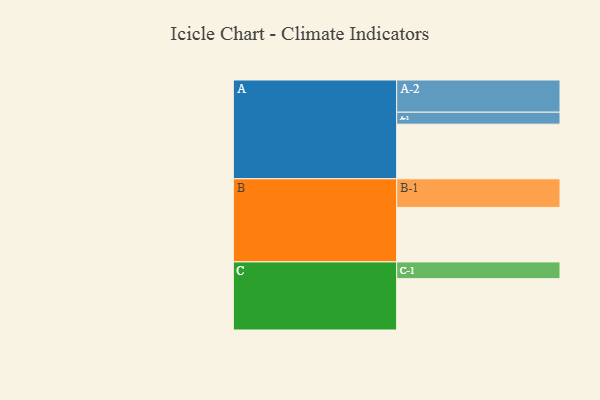
{"axis": {"x": "Segment", "y": "Value"}, "legend": ["", "A", "B", "C"], "data": [{"x": "A", "y": 502, "type": ""}, {"x": "B", "y": 501, "type": ""}, {"x": "C", "y": 472, "type": ""}, {"x": "A-1", "y": 110, "type": "A"}, {"x": "A-2", "y": 296, "type": "A"}, {"x": "B-1", "y": 263, "type": "B"}, {"x": "C-1", "y": 154, "type": "C"}]}